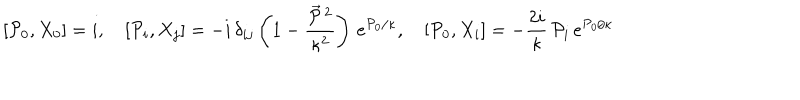
LaTeX: [ { \cal P } _ { 0 } , X _ { 0 } ] = i , \quad [ { \cal P } _ { i } , X _ { j } ] = - i \, \delta _ { i j } \left( 1 - \frac { \vec { { \cal P } } \, { } ^ { 2 } } { \kappa ^ { 2 } } \right) \, e ^ { { \cal P } _ { 0 } / \kappa } , \quad [ { \cal P } _ { 0 } , X _ { i } ] = - \frac { 2 i } \kappa \, { \cal P } _ { i } \, e ^ { { \cal P } _ { 0 } / \kappa }